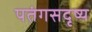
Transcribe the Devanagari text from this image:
पतंगसदृष्य